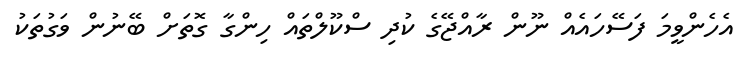
އެހެންވީމަ ފަސޭހައެއް ނޫން ރާއްޖޭގެ ކުދި ސްކޫލްތައް ހިންގާ ގޮތަށް ބޭނުން ވަގުތަކު